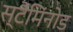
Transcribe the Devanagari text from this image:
स्टैमिंनोड